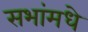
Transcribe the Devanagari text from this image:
सभांमधे